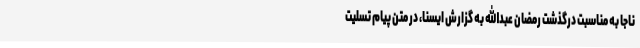
ناجا به مناسبت درگذشت رمضان عبدالله به گزارش ایسنا، در متن پیام تسلیت